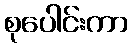
စုပေါင်းကာ